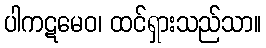
ပါကဋမေဝ၊ ထင်ရှားသည်သာ။